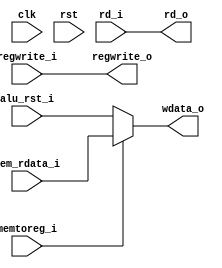
module writeback(
	clk,
	rst,
	rd_o,
	rd_i,
	
	mem_rdata_i,
	alu_rst_i,
	
	wdata_o,
	// control io
	memtoreg_i, // WB
	regwrite_i, // WB
	regwrite_o
);

input			clk;
input			rst;
input	[4 :0]	rd_i;
output	[4 :0]	rd_o;
output	[31:0]	wdata_o;
input	[31:0]	mem_rdata_i;
input	[31:0]	alu_rst_i;
input			memtoreg_i;
input			regwrite_i;
output			regwrite_o;

wire			clk;
wire			rst;
wire	[4 :0]	rd_i;
wire	[4 :0]	rd_o;
wire	[31:0]	wdata_o;
wire	[31:0]	mem_rdata_i;
wire	[31:0]	alu_rst_i;
wire			memtoreg_i;
wire			regwrite_i;
wire			regwrite_o;

wire	[4 :0]	rd_w;
wire	[31:0]	wdata_w;

assign 	rd_o	=	rd_i;
assign	wdata_o	=	memtoreg_i ? mem_rdata_i : alu_rst_i;
assign	regwrite_o	=	regwrite_i;

endmodule